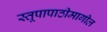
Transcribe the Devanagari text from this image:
स्तूपापाठीमागील